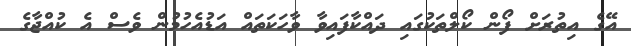
އޭގެ އިތުރަށް ފޯން ކޯލްތަކުގައި ދައްކާފައިވާ ވާހަކަތައް އަޑުއެހުމުން ވެސް އެ ކުއްޖާގެ